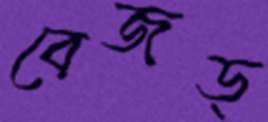
বেজড্